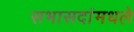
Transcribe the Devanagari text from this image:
सभासदांमधले